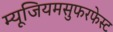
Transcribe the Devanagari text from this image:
म्यूजियमसुफरफेस्ट